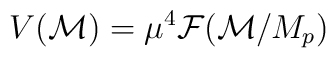
V({\cal M}) = \mu^4 {\cal F}({\cal M}/M_p)